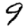
Digit: 9